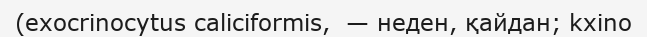
(exocrinocytus caliciformis,  — неден, қайдан; kxino